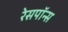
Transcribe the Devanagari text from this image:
रेसपॉन्स